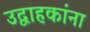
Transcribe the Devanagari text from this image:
उद्वाहकांना